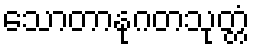
သောတာနုဂတသုတ္တံ